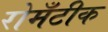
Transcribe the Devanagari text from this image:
रोमँटीक